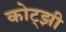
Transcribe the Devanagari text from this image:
कोट्झी